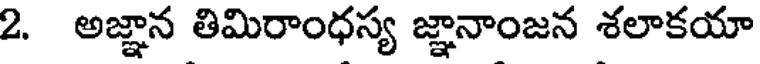
2. అజ్ఞాన తిమిరాంధస్య జ్ఞానాంజన శలాకయా